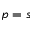
p = s